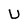
Character: U